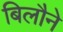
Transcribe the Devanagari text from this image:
बिलौने